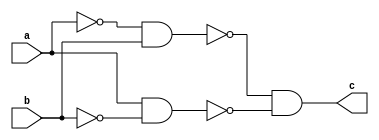
module xnor_gate(c,a,b);

output c;
input a,b;

wire ac,bc,x,y;
wire p,q,m;

nand(ac,a,a);
nand(bc,b,b);

nand(x,ac,b);
nand(y,a,bc);
nand(m,x,y);
nand(c,m,m);
endmodule